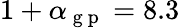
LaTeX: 1+\alpha_{\mathrm{~g~p~}}=8.3